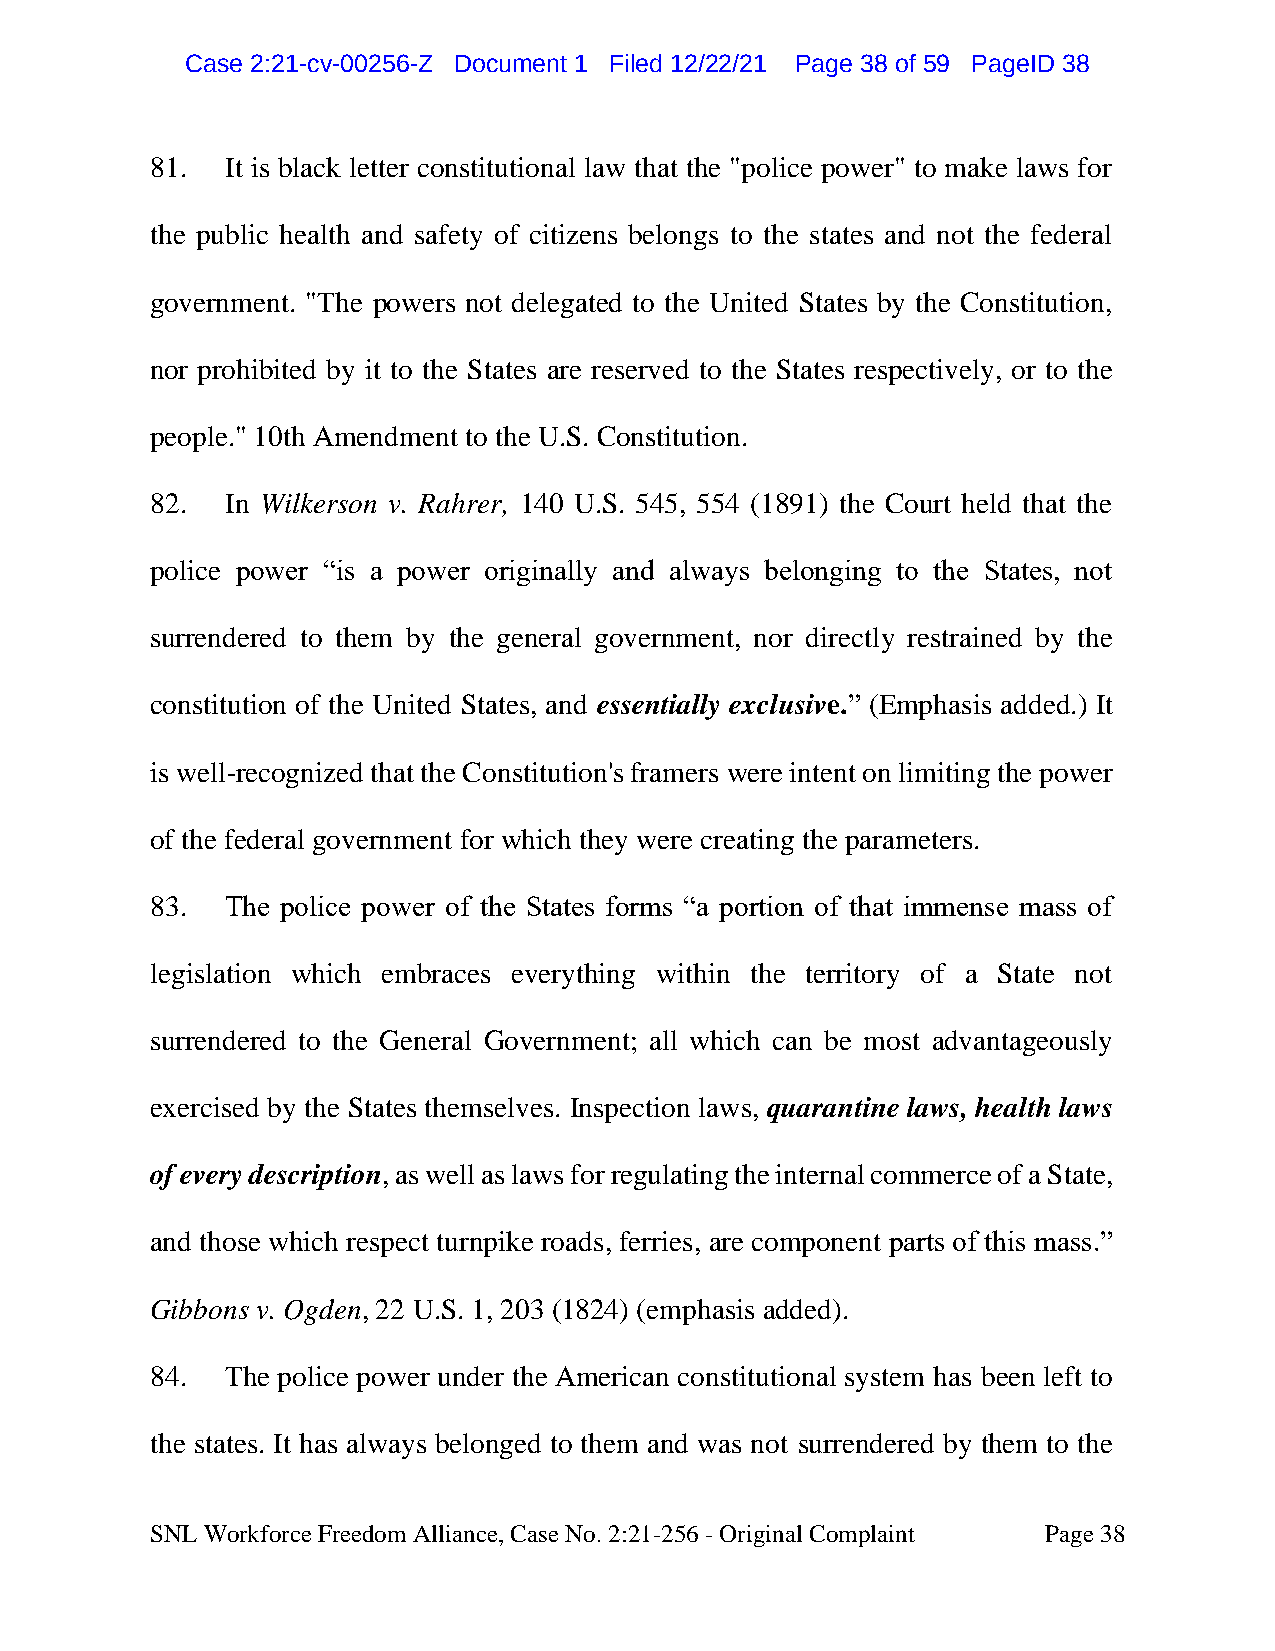
CCaassee 22::2211--ccvv--0000225566--ZZ DDooccuummeenntt 11 FFiilleedd 1122//2222//2211 PPaaggee 3388 ooff 5599 PPaaggeeIIDD 3388
 81.  It is black letter constitutional law that the "police power" to make laws for
 the public health and safety of citizens belongs to the states and not the federal
 government. "The powers not delegated to the United States by the Constitution,
 nor prohibited by it to the States are reserved to the States respectively, or to the
 people." 10th Amendment to the U.S. Constitution.
 82.  In Wilkerson v. Rahrer, 140 U.S. 545, 554 (1891) the Court held that the
 police power “is a power originally and always belonging to the States, not
 surrendered to them by the general government, nor directly restrained by the
 constitution of the United States, and essentially exclusive.” (Emphasis added.) It
 is well-recognized that the Constitution's framers were intent on limiting the power
 of the federal government for which they were creating the parameters.
 83.  The police power of the States forms “a portion of that immense mass of
 legislation which embraces everything within the territory of a State not
 surrendered to the General Government; all which can be most advantageously
 exercised by the States themselves. Inspection laws, quarantine laws, health laws
 of every description, as well as laws for regulating the internal commerce of a State,
 and those which respect turnpike roads, ferries, are component parts of this mass.”
 Gibbons v. Ogden, 22 U.S. 1, 203 (1824) (emphasis added).
 84.  The police power under the American constitutional system has been left to
 the states. It has always belonged to them and was not surrendered by them to the
 SNL Workforce Freedom Alliance, Case No. 2:21-256 - Original Complaint Page 38